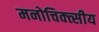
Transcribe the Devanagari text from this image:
मनोचिक्त्सीय